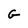
Character: G